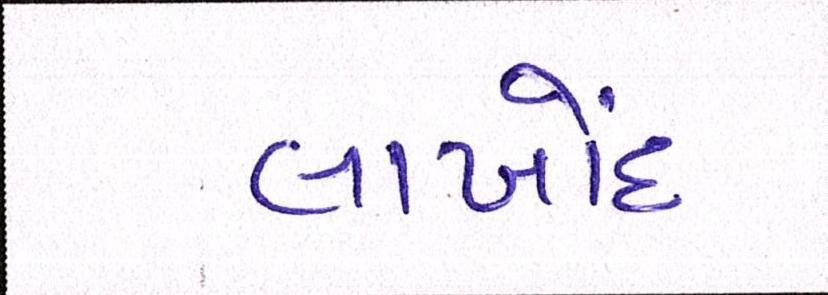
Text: લાખોંદ